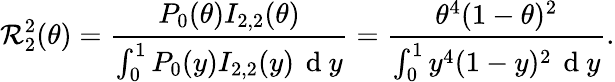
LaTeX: \mathcal{R}_{2}^{2}(\theta)=\frac{{P_{0}(\theta)I_{2,2}(\theta)}}{{\int_{0}^{1}P_{0}(y)I_{2,2}(y)\, \mathrm{{~d~}}y}}=\frac{{\theta^{4}(1-\theta)^{2}}}{{\int_{0}^{1}y^{4}(1-y)^{2}\, \mathrm{{~d~}}y}}.